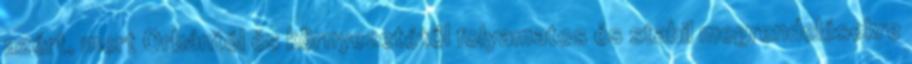
azért, mert Orbántól és környezetétől folyamatos és stabil megrendelésekre